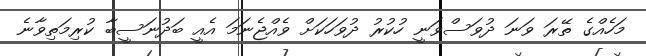
މަހެއްގެ ތޭރަ ވަނަ ދުވަސްވަނީ ހުކުރު ދުވަހަކަށް ވެއްޖެނަމަ އެއީ ބަދުނަސީބާ ކުރިމަތިވާނެ